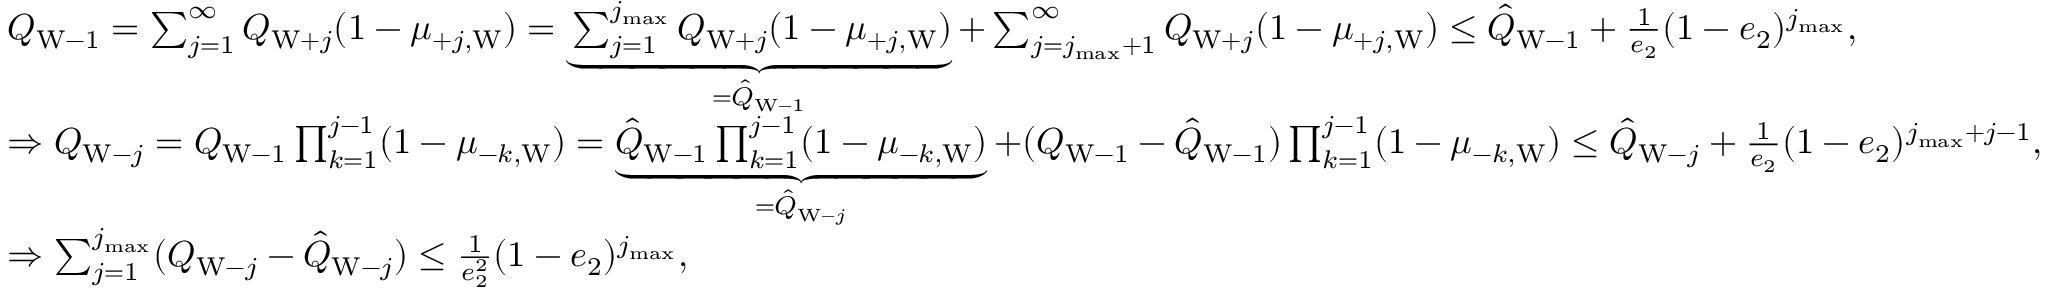
\begin{array} { r l } & { Q _ { \mathrm { W } - 1 } = \sum _ { j = 1 } ^ { \infty } Q _ { \mathrm { W } + j } ( 1 - \mu _ { + j , \mathrm { W } } ) = \underbrace { \sum _ { j = 1 } ^ { j _ { \operatorname* { m a x } } } Q _ { \mathrm { W } + j } ( 1 - \mu _ { + j , \mathrm { W } } ) } _ { = \hat { Q } _ { \mathrm { W } - 1 } } + \sum _ { j = j _ { \operatorname* { m a x } } + 1 } ^ { \infty } Q _ { \mathrm { W } + j } ( 1 - \mu _ { + j , \mathrm { W } } ) \le \hat { Q } _ { \mathrm { W } - 1 } + \frac { 1 } { e _ { 2 } } ( 1 - e _ { 2 } ) ^ { j _ { \operatorname* { m a x } } } , } \\ & { \Rightarrow Q _ { \mathrm { W } - j } = Q _ { \mathrm { W } - 1 } \prod _ { k = 1 } ^ { j - 1 } ( 1 - \mu _ { - k , \mathrm { W } } ) = \underbrace { \hat { Q } _ { \mathrm { W } - 1 } \prod _ { k = 1 } ^ { j - 1 } ( 1 - \mu _ { - k , \mathrm { W } } ) } _ { = \hat { Q } _ { \mathrm { W } - j } } + ( Q _ { \mathrm { W } - 1 } - \hat { Q } _ { \mathrm { W } - 1 } ) \prod _ { k = 1 } ^ { j - 1 } ( 1 - \mu _ { - k , \mathrm { W } } ) \le \hat { Q } _ { \mathrm { W } - j } + \frac { 1 } { e _ { 2 } } ( 1 - e _ { 2 } ) ^ { j _ { \operatorname* { m a x } } + j - 1 } , } \\ & { \Rightarrow \sum _ { j = 1 } ^ { j _ { \operatorname* { m a x } } } ( Q _ { \mathrm { W } - j } - \hat { Q } _ { \mathrm { W } - j } ) \le \frac { 1 } { e _ { 2 } ^ { 2 } } ( 1 - e _ { 2 } ) ^ { j _ { \operatorname* { m a x } } } , } \end{array}